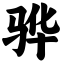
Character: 骅